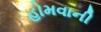
હોમવાની